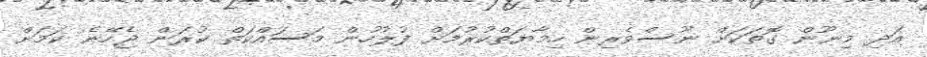
އަދި މިނޫން ގޮތަކަށް ނޫސްވެރިން ހިމާޔަތްކުރުމަށް ފުލުހުން މަސައްކަތް ކުރަން ޖެހޭނެ ކަމަށް